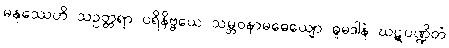
မနုဿေဟိ သဥတ္တရာ ပရိနိဗ္ဗယေ သမ္ဘဝနာမဓေယျော ဓူမဒါနံ ဃဋပဏ္ဍိတံ